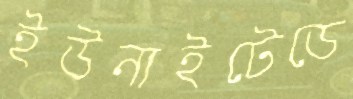
ইউনাইটেডে